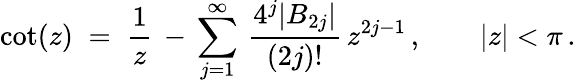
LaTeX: \cot(z)\; =\; \frac{1}{z}\, -\, \sum_{j=1}^{\infty}\, \frac{4^{j}\vert B_{2j}\vert}{(2j)!}\, z^{2j-1}\, ,\qquad\vert z\vert<\pi\, .